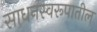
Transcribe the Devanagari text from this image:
साधनस्वरूपातील